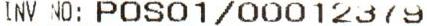
INV NO: POS01/00012379